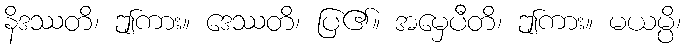
နိဒဿတိ၊ ဤကား။ ဒေဿတိ၊ ပြ၏။ အမှေပီတိ၊ ဤကား။ မယမ္ပိ၊